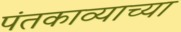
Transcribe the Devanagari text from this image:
पंतकाव्याच्या